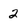
Character: 2